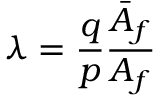
\lambda = \frac { q } { p } \frac { \bar { A } _ { f } } { A _ { f } }